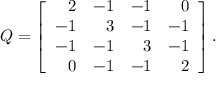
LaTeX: Q = \left[ { \begin{array} { r r r r } { 2 } & { - 1 } & { - 1 } & { 0 } \\ { - 1 } & { 3 } & { - 1 } & { - 1 } \\ { - 1 } & { - 1 } & { 3 } & { - 1 } \\ { 0 } & { - 1 } & { - 1 } & { 2 } \end{array} } \right] .